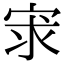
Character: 𡨃